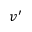
v ^ { \prime }